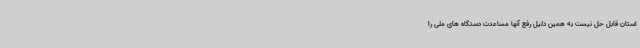
استان قابل حل نیست به همین دلیل رفع آنها مساعدت دستگاه های ملی را